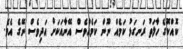
ކޮއްކޮގެ ހާލަތު ރަނގަޅު ކަމެއް ނޫން ކަމެއްވެސް އޭނާއަކަށް އަދިވެސް ނޭގެ އެވެ.